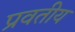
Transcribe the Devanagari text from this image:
प्रवतीय